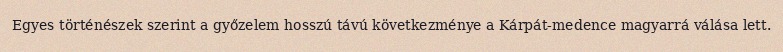
Egyes történészek szerint a győzelem hosszú távú következménye a Kárpát-medence magyarrá válása lett.